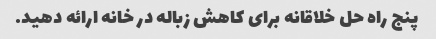
پنج راه حل خلاقانه برای کاهش زباله در خانه ارائه دهید.